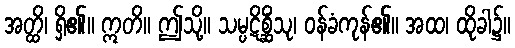
အတ္ထိ၊ ရှိ၏။ ဣတိ။ ဤသို့။ သမ္ပဋိစ္ဆိံသု၊ ဝန်ခံကုန်၏။ အထ၊ ထိုခါ၌။